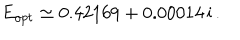
LaTeX: E _ { o p t } \simeq 0 . 4 2 1 6 9 + 0 . 0 0 0 1 4 \, \mathrm { i } \, .